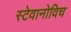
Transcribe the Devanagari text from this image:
स्टेवानोविच